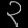
Digit: ၃